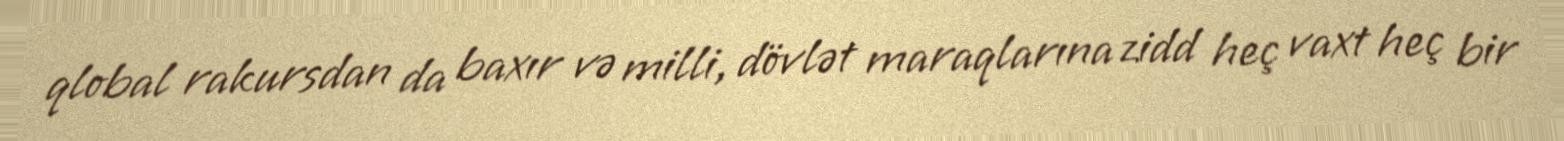
qlobal rakursdan da baxır və milli, dövlət maraqlarına zidd heç vaxt heç bir